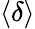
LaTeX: \left\langle\delta\right\rangle